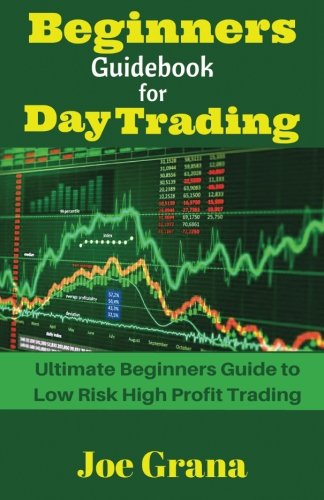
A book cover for Beginners Guidebook for Day Trading; Joe Grana; Business & Money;